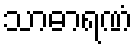
သာဓာရဏံ